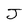
Character: J